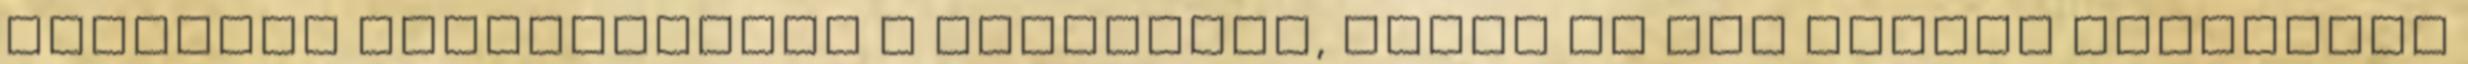
kedvemre üldögélhetek a burkámban, tehát ez egy nagyon kétoldalú